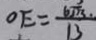
O E = \frac { 6 \sqrt { 3 } \cdot } { 1 3 }